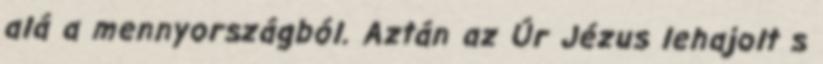
alá a mennyországból. Aztán az Úr Jézus lehajolt s